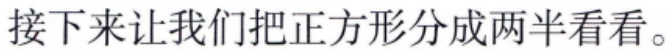
接下来让我们把正方形分成两半看看。